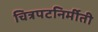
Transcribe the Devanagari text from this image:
चित्रपटनिर्मीती